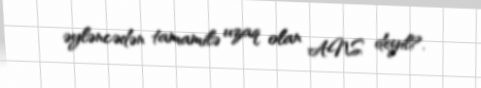
əyləncədən tamamilə uzaq olan ANS deyil?.